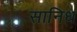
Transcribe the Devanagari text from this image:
सानिध